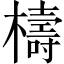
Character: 檮